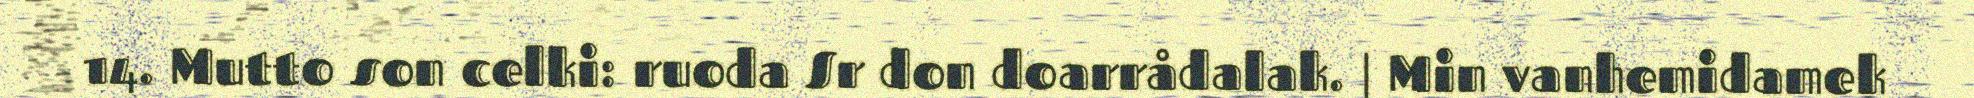
14. Mutto son celki: ruoda Sr don doarrådalak. | Min vanhemidamek